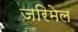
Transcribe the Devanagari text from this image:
जरिमेल